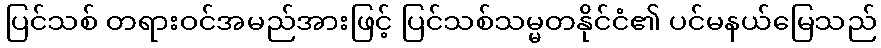
ပြင်သစ် တရားဝင်အမည်အားဖြင့် ပြင်သစ်သမ္မတနိုင်ငံ၏ ပင်မနယ်မြေသည်